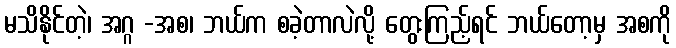
မသိနိုင်တဲ့၊ အဂ္ဂ -အစ၊ ဘယ်က စခဲ့တာလဲလို့ တွေးကြည့်ရင် ဘယ်တော့မှ အစကို